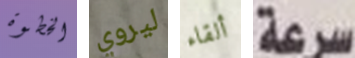
الخطوة ليروي ألقاء سرعة